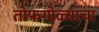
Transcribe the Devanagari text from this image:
तोफगोळ्याचा